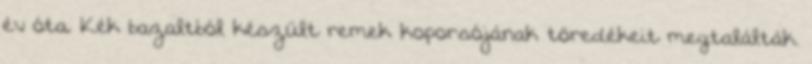
év óta. Kék bazaltból készült remek koporsójának töredékeit megtalálták.